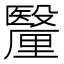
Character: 𮡠